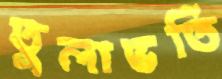
তুলাভর্তি